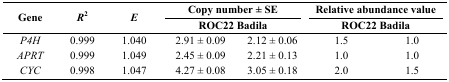
| <ROWSPAN=3> Gene | <ROWSPAN=3> R2 | <ROWSPAN=3> E | <COLSPAN=2> Copy number ± SE | <COLSPAN=2> Relative abundance value |
 | <COLSPAN=2> ROC22 Badila | <COLSPAN=2> ROC22 Badila |
 | --- | --- | --- | --- | --- | --- | --- |
 | P4H | 0.999 | 1.040 | 2.91 ± 0.09 | 2.12 ± 0.06 | 1.5 | 1.0 |
 | APRT | 0.999 | 1.049 | 2.45 ± 0.09 | 2.21 ± 0.13 | 1.0 | 1.0 |
 | CYC | 0.998 | 1.047 | 4.27 ± 0.08 | 3.05 ± 0.18 | 2.0 | 1.5 |